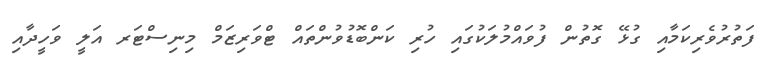
ފަތުރުވެރިކަމާއި ގުޅޭ ގޮތުން ފުވައްމުލަކުގައި ހުރި ކަންބޮޑުވުންތައް ޓްވަރިޒަމް މިނިސްޓަރ އަލީ ވަހީދާއި